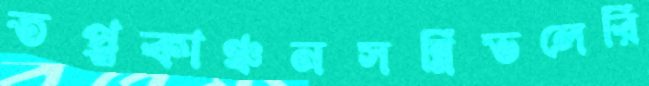
তপ্তকাঞ্চনসন্নিভলেরি